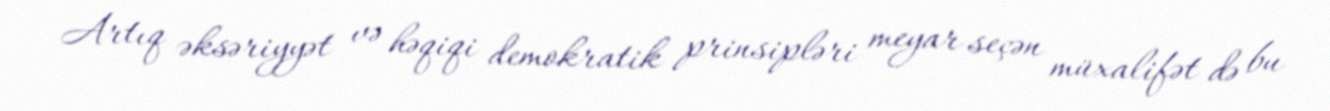
Artıq əksəriyyət və həqiqi demokratik prinsipləri meyar seçən müxalifət də bu